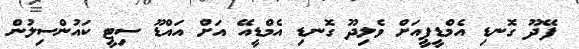
ފޭދޫ ގޮނޑި އެމްޑީޕީއަށް ވެލިދޫ ގޮނޑި އެމްޑީއޭ އަށް އައްޑޫ ސިޓީ ކައުންސިލުން